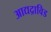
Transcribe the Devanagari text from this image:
आद्यद्राविड